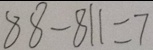
8 8 - 8 1 1 = 7